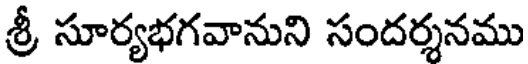
శ్రీ సూర్యభగవానుని సందర్శనము